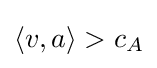
\langle v,a\rangle >c_{A}